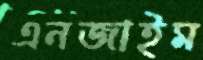
এনজাইম